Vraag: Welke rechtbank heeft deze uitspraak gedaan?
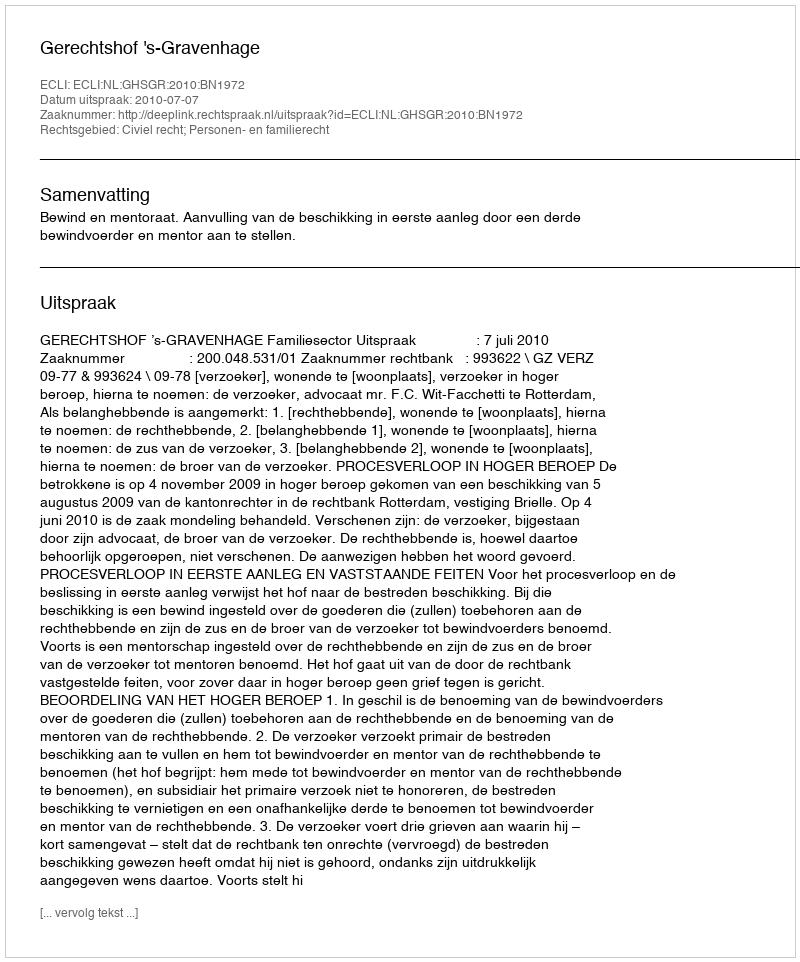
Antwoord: Gerechtshof 's-Gravenhage